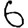
Digit: 6